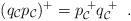
LaTeX: \begin{align*}(q_{\cal C}p_{\cal C})^{+}=p_{\cal C}^{\; +}q_{\cal C}^{\; +} \; \; .\end{align*}